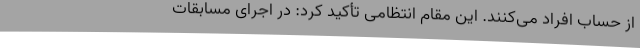
از حساب افراد می‌کنند. این مقام انتظامی تأکید کرد: در اجرای مسابقات